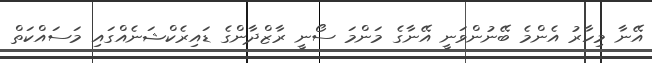
އޭނާ މިހާރު އެންމެ ބޭނުންވަނީ އޭނާގެ މަންމަ ސޯނީ ރާޒްދާންގެ ޑައިރެކްޝަނެއްގައި މަސައްކަތް